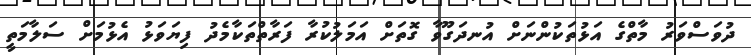
ދުވަސްވަރު މާތްގެ އަޅުތަކުންނަށް އުނދަގޫވާ ގޮތަށް އަމަލުކުރާ ފަރާތްތަކާމެދު ފިޔަވަޅު އެޅުމަށް ސަލާމަތީ